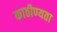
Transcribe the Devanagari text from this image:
काठीण्‍यता